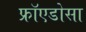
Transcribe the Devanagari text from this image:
फ्रॉएडोसा